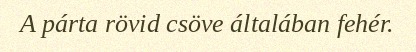
A párta rövid csöve általában fehér.